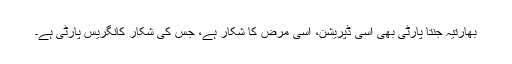
بھارتیہ جنتا پارٹی بھی اسی ڈپریشن، اسی مرض کا شکار ہے، جس کی شکار کانگریس پارٹی ہے۔